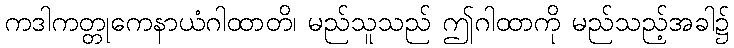
ကဒါကတ္တုကေနာယံဂါထာတိ၊ မည်သူသည် ဤဂါထာကို မည်သည့်အခါ၌